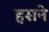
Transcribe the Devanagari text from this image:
हसने